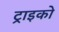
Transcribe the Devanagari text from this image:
ट्राइको